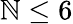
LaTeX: \mathbb{N}\le6